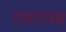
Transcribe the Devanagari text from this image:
रामरायच